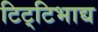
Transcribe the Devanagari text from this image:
टिट्‌टिभाद्य